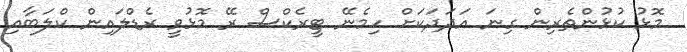
މޮޅު ކުޅުންތެރިން ގިނަ އަދަދަކަށް ހިމެނޭ ޓީރެކްސް ރޭ މޮޅުވީ ރެޑްލައިން ކްލަބާއި